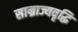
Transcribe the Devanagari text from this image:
साम्राज्यवृद्धि